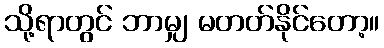
သို့ရာတွင် ဘာမျှ မတတ်နိုင်တော့။